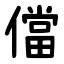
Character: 儅